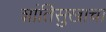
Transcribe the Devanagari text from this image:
शांतिसुखाचा